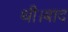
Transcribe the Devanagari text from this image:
थी।बाद